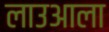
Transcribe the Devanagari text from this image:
लाउआला